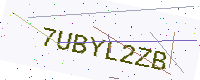
Text: 7UBYL2ZB